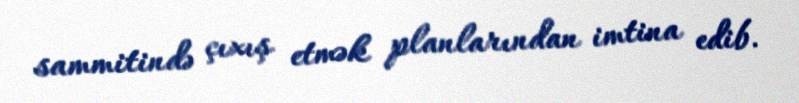
sammitində çıxış etmək planlarından imtina edib.